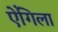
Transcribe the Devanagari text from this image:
ऐंगिला